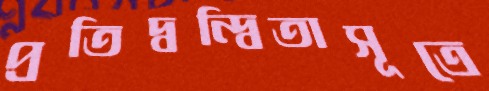
প্রতিদ্বন্দ্বিতাসূত্রে